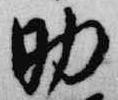
助